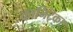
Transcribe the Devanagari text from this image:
कानिट्कर